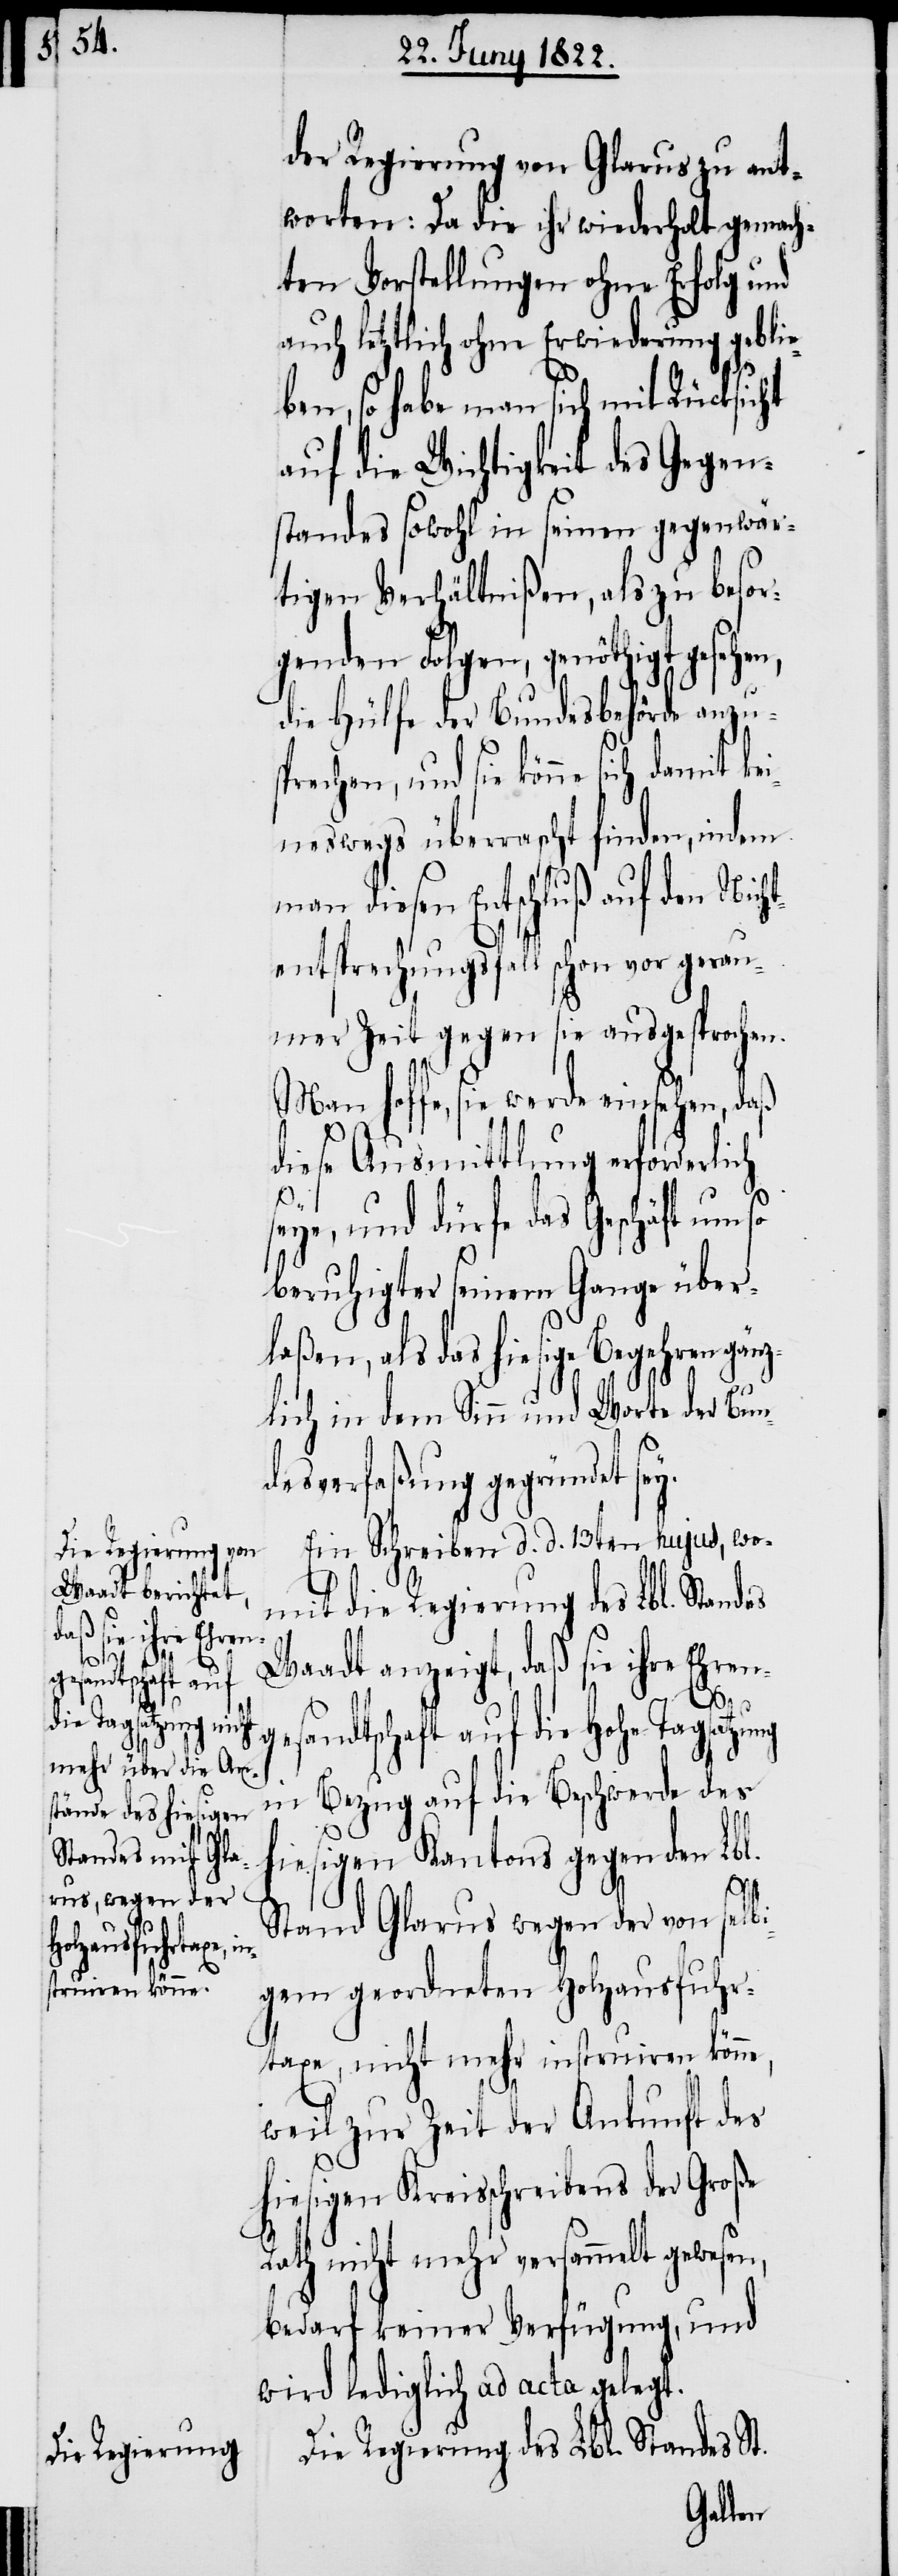
ht¬

der Regierung von Glarus zu ant¬
worten: Da die ihr wiederholt gemach¬
ten Vorstellungen ohne Erfolg und
letztlich ohne Erwiederung geb¬
ben, so habe man sich mit Rücksicht
auf die Wichtigkeit des Gegen¬
standes sowohl in seinen gegenwär¬
tigen Verhältnißen, als zu besor¬
genden Folgen, genöthigt gesehe¬
die Hülfe der Bundesbehörde anzus¬
prechen, und sie könne sich damit ke¬
ineswegs überrascht finden, in dem
man diesen Entschluß auf den Nic¬
entsprechungsfall schon vor gerau¬
mer Zeit gegen sie ausgesprochen.
Man hoffe, sie werde einsehen, daß
diese Ausmittlung erforderlich
des
seye und dürfe das Geschäft um so
beruhigter seinem Gange über¬
laßen, als das hiesige Begehren gän¬
zlich in dem Sinn und Worte der Bun¬
desverfaßung gegründet sey.
Ein Schreiben d. d. 13ten hujus, wo¬
mit die Regierung des Lbl. Stan¬
Waadt anzeigt, daß sie ihre Ehren¬
ges¬
andtschaft auf die Hohe Tagsatzung
n,
in Bezug auf die Beschwerde des
hiesigen Kantons gegen den Lbl.
Stand Glarus wegen der von selbi¬
gen geordneten Holzausfuhr¬
taxe, nicht mehr instruiren könne,
weil zur Zeit der Ankunft des
hiesigen Kreisschreibens der Große
Rath nicht mehr versammelt gewesen,
bedarf keiner Verfügung, und
wird lediglich ad acta gelegt.
Die Regierung des Lbl. Standes St.